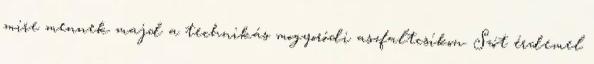
mire mennek majd a technikás mogyoródi aszfaltcsíkon. Szót érdemel